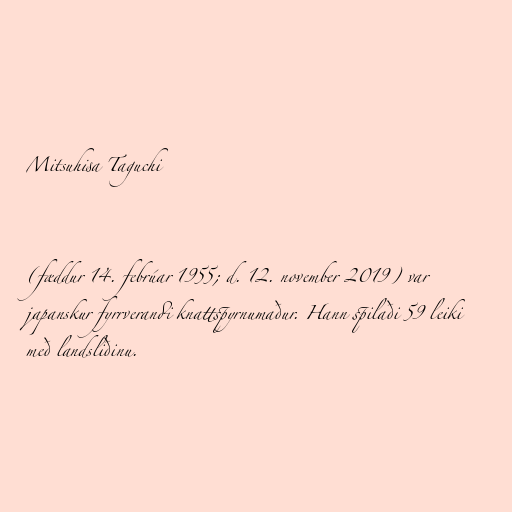
Mitsuhisa Taguchi

(fæddur 14. febrúar 1955; d. 12. november 2019) var
japanskur fyrrverandi knattspyrnumaður. Hann spilaði 59 leiki
með landsliðinu.